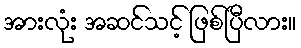
အားလုံး အဆင်သင့် ဖြစ်ပြီလား။